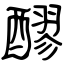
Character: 醪